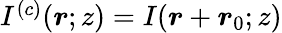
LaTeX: \begin{array}{r}{I^{(c)}(\boldsymbol{r};z)=I(\boldsymbol{r}+\boldsymbol{r}_{0};z)}\end{array}